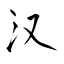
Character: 汉